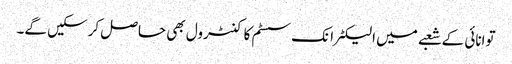
توانائی کے شعبے میں الیکٹرانک سسٹم کا کنٹرول بھی حاصل کرسکیں گے۔